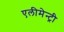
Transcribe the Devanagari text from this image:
एलीमेन्ट्री